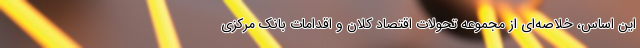
این اساس، خلاصه‌ای از مجموعه تحولات اقتصاد کلان و اقدامات بانک مرکزی